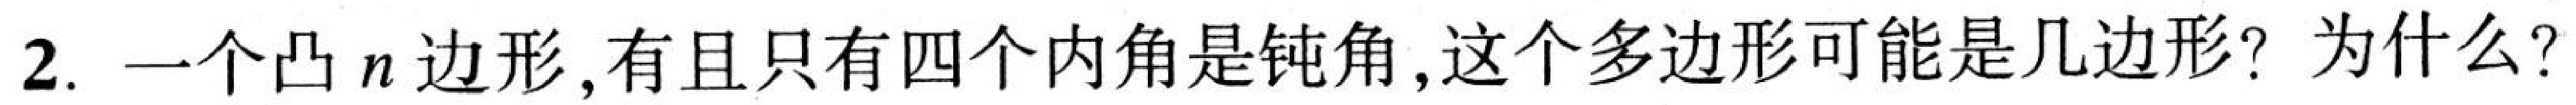
2. 一个凸\(n\)边形，有且只有四个内角是钝角，这个多边形可能是几边形？为什么？